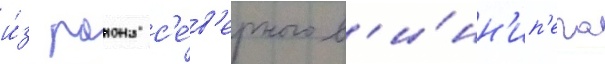
и́з раиона с'е́в'ерного в'и́нн'ип'ега